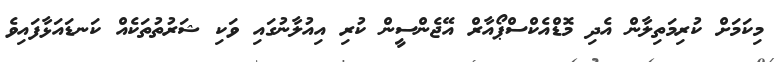
މިކަމަށް ކުރިމަތިލާން އެދި މޮޑްއެކްސްޕޯއާރް އޭޖެންސީން ކުރި އިއުލާނުގައި ވަކި ޝަރުތުތަކެއް ކަނޑައަޅާފައިވެ